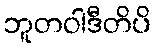
ဘူတဝါဒီတိပိ